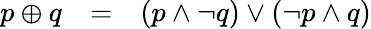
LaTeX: \begin{array}{lll}{p\oplus q}&{=}&{(p\land\lnot q)\lor(\lnot p\land q)}\end{array}